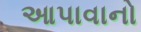
આપાવાનો